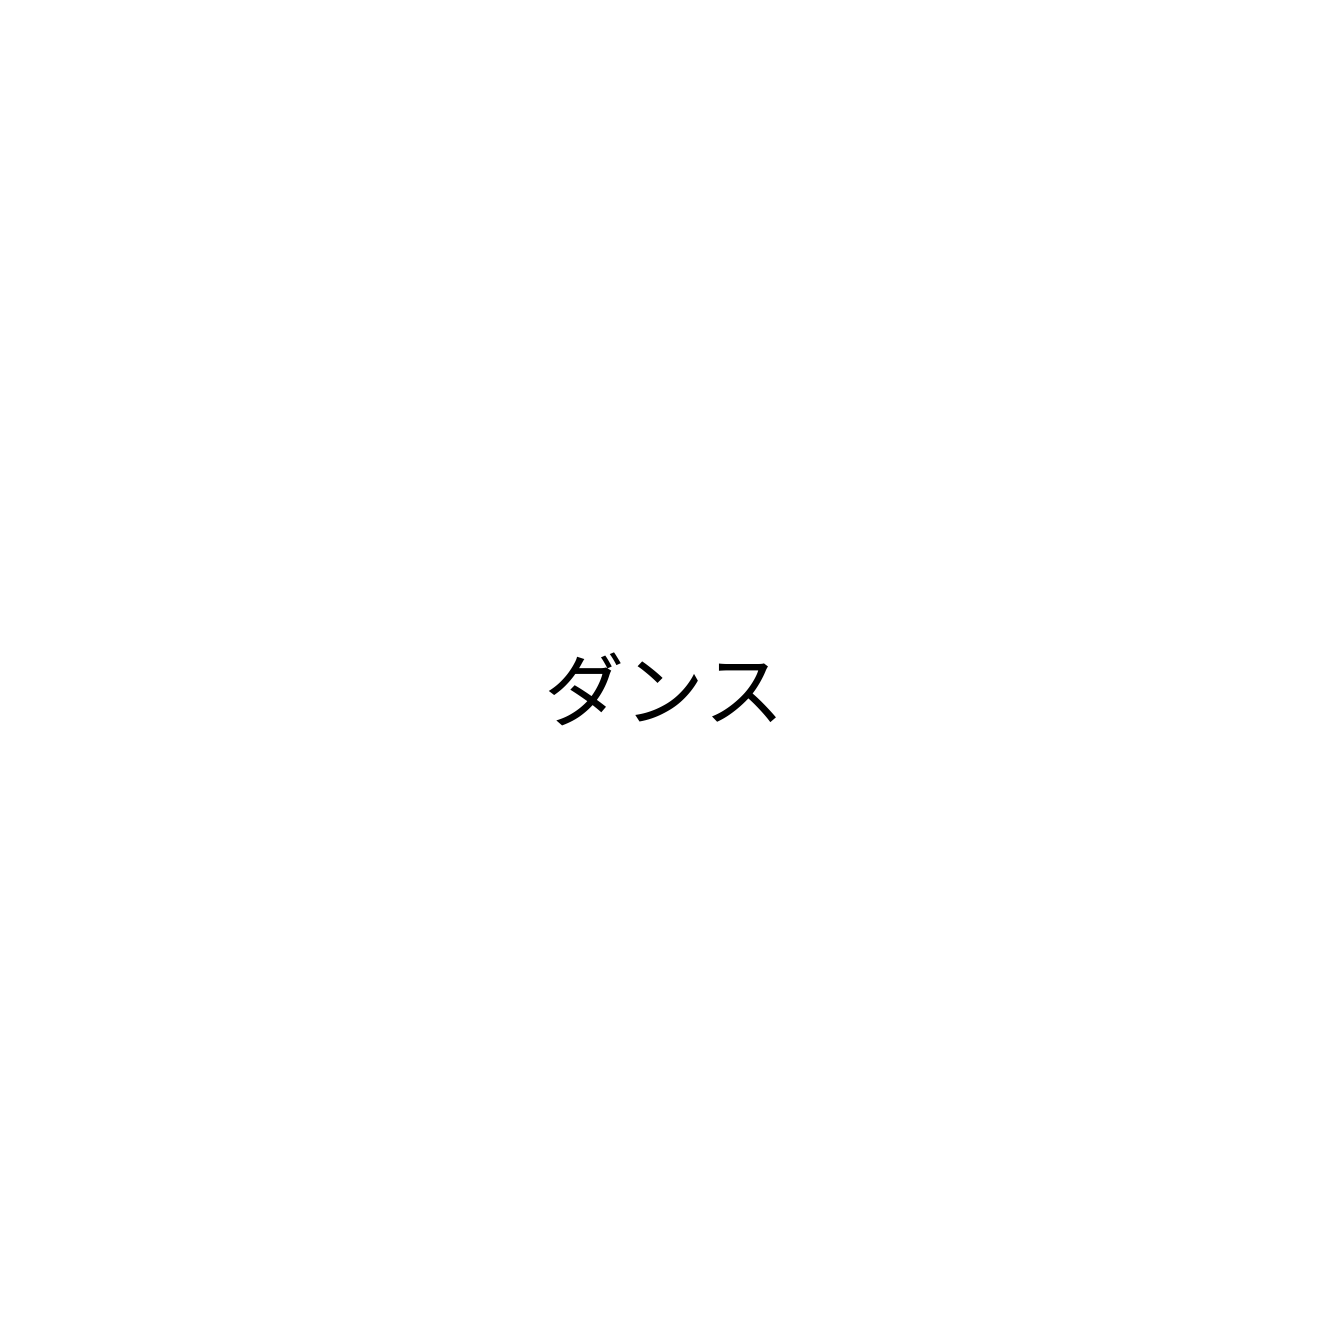
ダンス